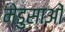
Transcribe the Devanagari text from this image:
मेडुसाओं